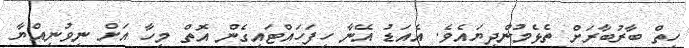
ހިތް ބާރުބާރަށް ތެޅެމުންދިޔައެވެ. އެއަޑު އޭނާ ހިފަހައްޓައިގެން އޮތް މީހާ އަށް ނީވުނިއްޔާ